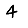
Digit: 4